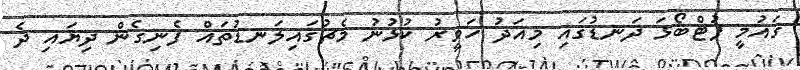
ގައުމީ ފުޓްބޯޅަ ދަނޑުގައި މިއަދު ހަވީރު ކުޅުނު މެޗުގައިލަނޑުތައް ފެނިގެން ދިޔައި ދެ